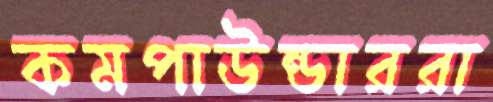
কমপাউন্ডাররা